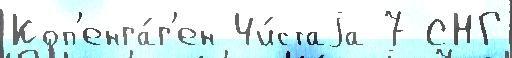
Коп'енга́г'ен Чи́стаjа 7 СНГ